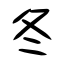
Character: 冬